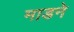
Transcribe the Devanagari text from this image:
माडने